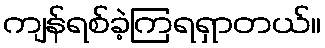
ကျန်ရစ်ခဲ့ကြရရှာတယ်။